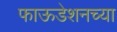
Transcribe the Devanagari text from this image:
फाऊडेशनच्या